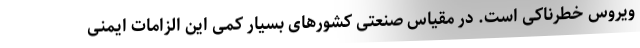
ویروس خطرناکی است. در مقیاس صنعتی کشورهای بسیار کمی این الزامات ایمنی